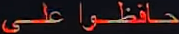
حافظوا على